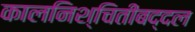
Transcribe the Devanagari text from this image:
कालनिश्चितीबद्दल